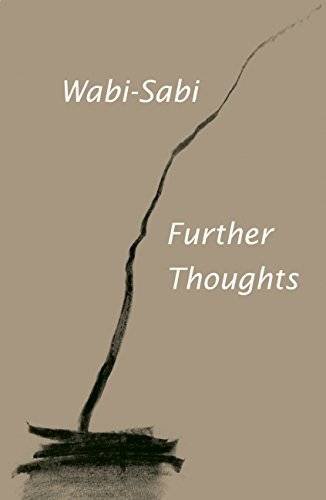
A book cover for Wabi-Sabi: Further Thoughts; Leonard Koren; Politics & Social Sciences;